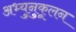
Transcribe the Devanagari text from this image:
अभ्युनुकूलन